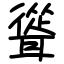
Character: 聳